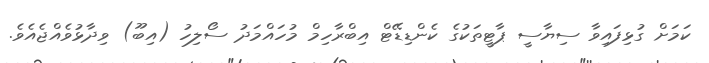
ކަމަށް ގުޅިފައިވާ ސިޔާސީ ޕާޓީތަކުގެ ކެންޑިޑޭޓް އިބްރާހިމް މުހައްމަދު ސޯލިހު (އިބޫ) ވިދާޅުވެއްޖެއެވެ.